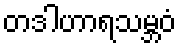
တဒါဟာရသမ္ဘဝံ